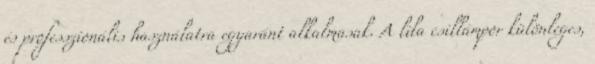
és professzionális használatra egyaránt alkalmasak. A lila csillámpor különleges,